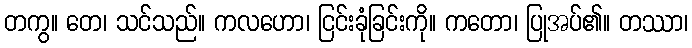
တကွ။ တေ၊ သင်သည်။ ကလဟော၊ ငြင်းခုံခြင်းကို။ ကတော၊ ပြုအပ်၏။ တဿာ၊